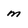
Character: m